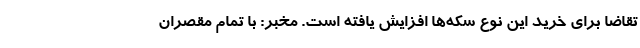
تقاضا برای خرید این نوع سکه‌ها افزایش یافته است. مخبر: با تمام مقصران